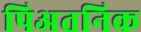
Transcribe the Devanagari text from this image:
पिअतनिक